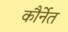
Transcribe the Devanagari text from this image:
कौर्नेत